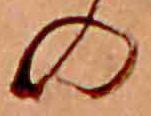
の